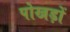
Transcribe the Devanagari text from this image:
पोखड़ों